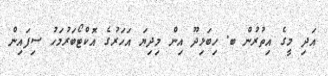
އަދި މީގެ އިތުރުން ބ. ހިބަޅިދޫ އިން މިދިޔަ އަހަރުގެ އޮކްޓޯބަރުމަހު ސިފައިން